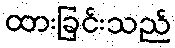
ထားခြင်းသည်